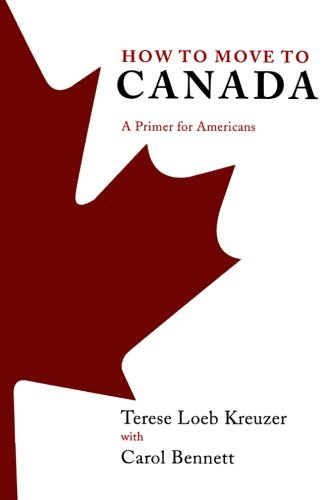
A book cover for How to Move to Canada: A Primer for Americans; Terese Loeb Kreuzer; Crafts, Hobbies & Home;